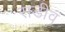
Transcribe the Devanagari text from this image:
सडींव